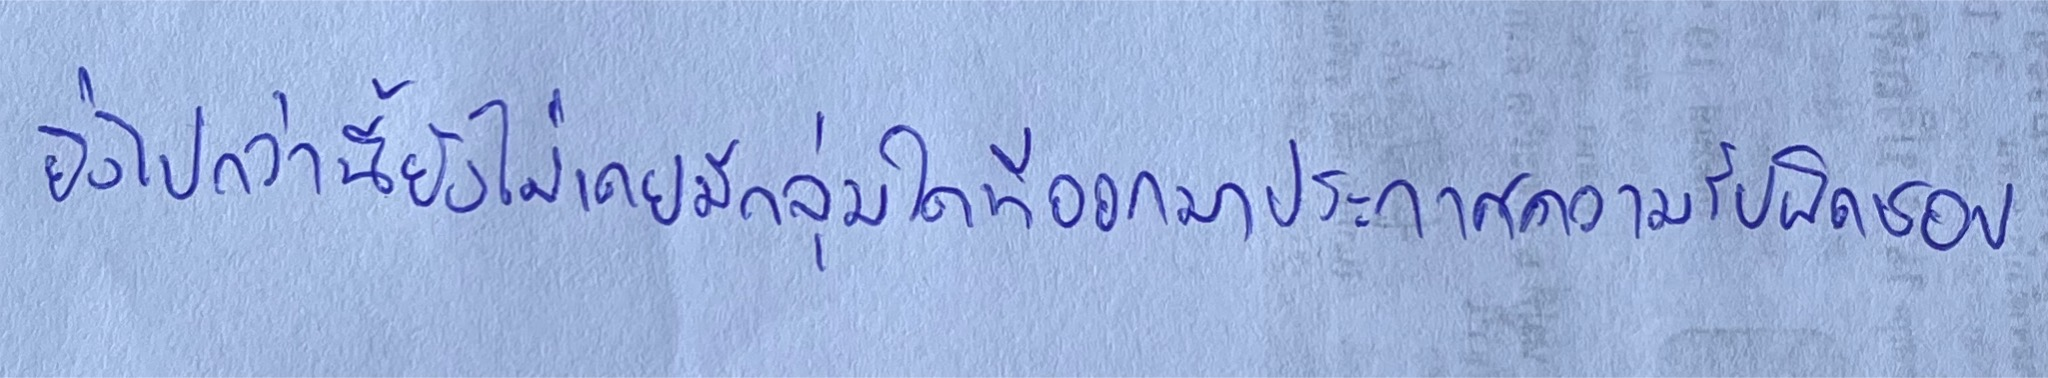
ยิ่งไปกว่านี้ยังไม่เคยมีกลุ่มใดที่ออกมาประกาศความรับผิดชอบ